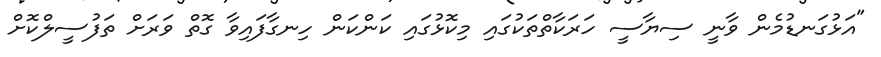
"އަޅުގަނޑުމެން ވާނީ ސިޔާސީ ހަރަކާތްތަކުގައި މިކޮޅުގައި ކަންކަން ހިނގާފައިވާ ގޮތް ވަރަށް ތަފުސީލްކޮށް